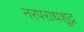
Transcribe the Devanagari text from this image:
नरपराधशूद्र